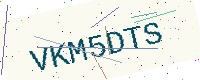
Text: VKM5DTS